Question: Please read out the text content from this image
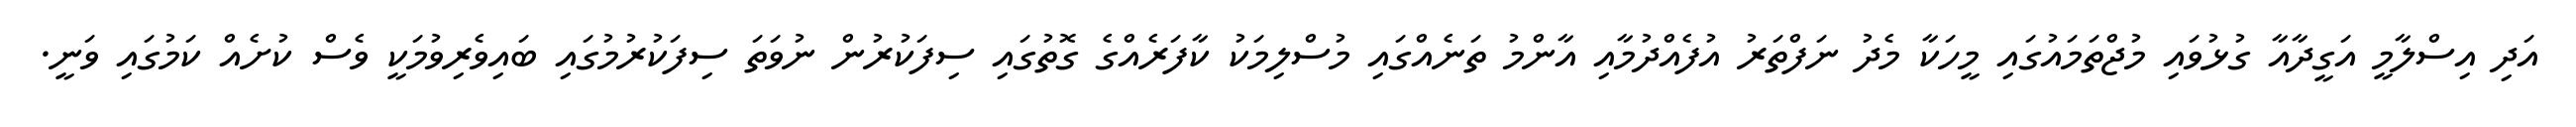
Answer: އަދި އިސްލާމީ އަގީދާއާ ގުޅުވައި މުޖްތަމައުގައި މީހަކާ މެދު ނަފްތަރު އުފެއްދުމާއި އާންމު ތަނެއްގައި މުސްލިމަކު ކާފަރެއްގެ ގޮތުގައި ސިފަކުރުން ނުވަތަ ސިފަކުރުމުގައި ބައިވެރިވުމަކީ ވެސް ކުށެއް ކަމުގައި ވަނީ.